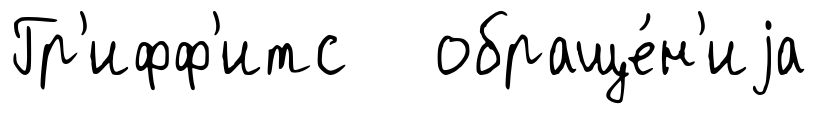
Гр'ифф'итс обраще́н'иjа